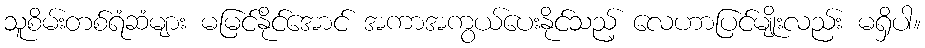
သူစိမ်းတစ်ရံဆံများ မမြင်နိုင်အောင် အကာအကွယ်ပေးနိုင်သည့် လေဟာပြင်မျိုးလည်း မရှိပါ။